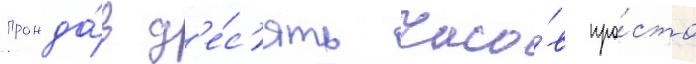
прожда́в д'е́с'ять часо́в про́сто